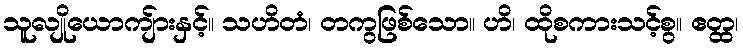
သူလျိုယောကျ်ားနှင့်။ သဟိတံ၊ တကွဖြစ်သော။ ဟိ၊ ထိုစကားသင့်စွ။ ဧတ္ထ၊